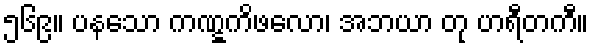
၅၆၉။ ပနသော ကဏ္ဋကိဖလော၊ အဘယာ တု ဟရီတကီ။